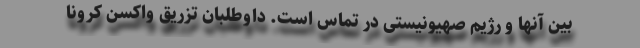
بین آنها و رژیم صهیونیستی در تماس است. داوطلبان تزریق واکسن کرونا